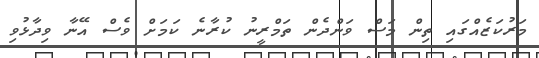
މަރުކަޒެއްގައި ތިން މަސް ވަންދެން ތަމްރީނު ކުރާނެ ކަމަށް ވެސް އޭނާ ވިދާޅުވި